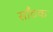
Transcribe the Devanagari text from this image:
साँठक